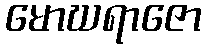
မောဃရာဇော